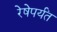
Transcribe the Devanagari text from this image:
रेषेपर्यंत